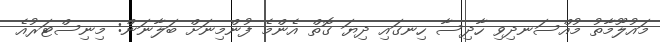
މައުލޫމާތު މުއްސަނދިވި ހާދިސާ ހިނގައި ދިޔަ ގޮތް އެންމެ ފުންމިނަށް ބަލާނަން: މިނިސްޓަރުއެ